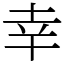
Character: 幸